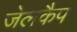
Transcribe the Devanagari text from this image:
जेलकैप